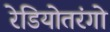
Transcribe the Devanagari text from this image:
रेडियोतरंगो